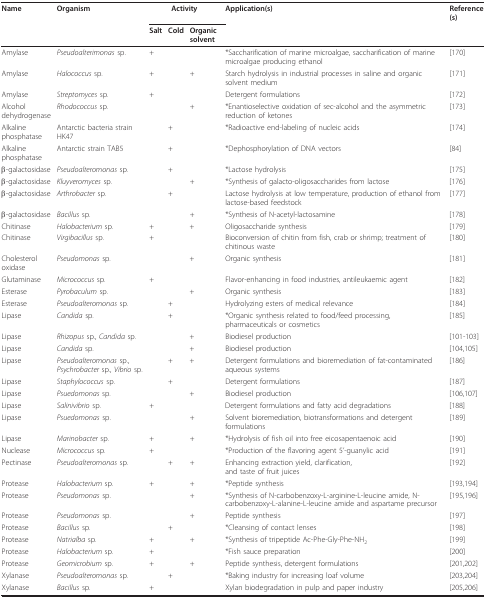
<table><thead><tr><td><b>Name</b></td><td><b>Organism</b></td><td colspan="3"><b>Activity</b></td><td><b>Application(s)</b></td><td><b>Reference(s)</b></td></tr><tr><td></td><td></td><td><b>Salt</b></td><td><b>Cold</b></td><td><b>Organic solvent</b></td><td></td><td></td></tr></thead><tbody><tr><td>Amylase</td><td><i>Pseudoalterimonas </i>sp.</td><td>+</td><td></td><td></td><td>*Saccharification of marine microalgae, saccharification of marine microalgae producing ethanol</td><td>[170]</td></tr><tr><td>Amylase</td><td><i>Halococcus </i>sp.</td><td>+</td><td></td><td>+</td><td>Starch hydrolysis in industrial processes in saline and organic solvent medium</td><td>[171]</td></tr><tr><td>Amylase</td><td><i>Streptomyces </i>sp.</td><td>+</td><td></td><td></td><td>Detergent formulations</td><td>[172]</td></tr><tr><td>Alcohol dehydrogenase</td><td><i>Rhodococcus </i>sp.</td><td></td><td></td><td>+</td><td>*Enantioselective oxidation of sec-alcohol and the asymmetric reduction of ketones</td><td>[173]</td></tr><tr><td>Alkaline phosphatase</td><td>Antarctic bacteria strain HK47</td><td></td><td>+</td><td></td><td>*Radioactive end-labeling of nucleic acids</td><td>[174]</td></tr><tr><td>Alkaline phosphatase</td><td>Antarctic strain TAB5</td><td></td><td>+</td><td></td><td>*Dephosphorylation of DNA vectors</td><td>[84]</td></tr><tr><td>β-galactosidase</td><td><i>Pseudoalteromonas </i>sp.</td><td></td><td>+</td><td></td><td>*Lactose hydrolysis</td><td>[175]</td></tr><tr><td>β-galactosidase</td><td><i>Kluyveromyces </i>sp.</td><td></td><td></td><td>+</td><td>*Synthesis of galacto-oligosaccharides from lactose</td><td>[176]</td></tr><tr><td>β-galactosidase</td><td><i>Arthrobacter </i>sp.</td><td></td><td>+</td><td></td><td>Lactose hydrolysis at low temperature, production of ethanol from lactose-based feedstock</td><td>[177]</td></tr><tr><td>β-galactosidase</td><td><i>Bacillus </i>sp.</td><td></td><td></td><td>+</td><td>*Synthesis of N-acetyl-lactosamine</td><td>[178]</td></tr><tr><td>Chitinase</td><td><i>Halobacterium </i>sp.</td><td>+</td><td></td><td>+</td><td>Oligosaccharide synthesis</td><td>[179]</td></tr><tr><td>Chitinase</td><td><i>Virgibacillus </i>sp.</td><td>+</td><td></td><td></td><td>Bioconversion of chitin from fish, crab or shrimp; treatment of chitinous waste</td><td>[180]</td></tr><tr><td>Cholesterol oxidase</td><td><i>Pseudomonas </i>sp.</td><td></td><td></td><td>+</td><td>Organic synthesis</td><td>[181]</td></tr><tr><td>Glutaminase</td><td><i>Micrococcus </i>sp.</td><td>+</td><td></td><td></td><td>Flavor-enhancing in food industries, antileukaemic agent</td><td>[182]</td></tr><tr><td>Esterase</td><td><i>Pyrobaculum </i>sp.</td><td></td><td></td><td>+</td><td>Organic synthesis</td><td>[183]</td></tr><tr><td>Esterase</td><td><i>Pseudoalteromonas </i>sp.</td><td></td><td>+</td><td></td><td>Hydrolyzing esters of medical relevance</td><td>[184]</td></tr><tr><td>Lipase</td><td><i>Candida </i>sp.</td><td></td><td>+</td><td></td><td>*Organic synthesis related to food/feed processing, pharmaceuticals or cosmetics</td><td>[185]</td></tr><tr><td>Lipase</td><td><i>Rhizopus </i>sp., <i>Candida </i>sp.</td><td></td><td></td><td>+</td><td>Biodiesel production</td><td>[101-103]</td></tr><tr><td>Lipase</td><td><i>Candida </i>sp.</td><td></td><td></td><td>+</td><td>Biodiesel production</td><td>[104,105]</td></tr><tr><td>Lipase</td><td><i>Pseudoalteromonas </i>sp., <i>Psychrobacter </i>sp., <i>Vibrio </i>sp.</td><td></td><td>+</td><td>+</td><td>Detergent formulations and bioremediation of fat-contaminated aqueous systems</td><td>[186]</td></tr><tr><td>Lipase</td><td><i>Staphylococcus </i>sp.</td><td></td><td>+</td><td></td><td>Detergent formulations</td><td>[187]</td></tr><tr><td>Lipase</td><td><i>Psuedomonas </i>sp.</td><td></td><td></td><td>+</td><td>Biodiesel production</td><td>[106,107]</td></tr><tr><td>Lipase</td><td><i>Salinivibrio </i>sp.</td><td>+</td><td></td><td></td><td>Detergent formulations and fatty acid degradations</td><td>[188]</td></tr><tr><td>Lipase</td><td><i>Psuedomonas </i>sp.</td><td></td><td></td><td>+</td><td>Solvent bioremediation, biotransformations and detergent formulations</td><td>[189]</td></tr><tr><td>Lipase</td><td><i>Marinobacter </i>sp.</td><td>+</td><td></td><td>+</td><td>*Hydrolysis of fish oil into free eicosapentaenoic acid</td><td>[190]</td></tr><tr><td>Nuclease</td><td><i>Micrococcus </i>sp.</td><td>+</td><td></td><td></td><td>*Production of the flavoring agent 5&#x27;-guanylic acid</td><td>[191]</td></tr><tr><td>Pectinase</td><td><i>Pseudoalteromonas </i>sp.</td><td></td><td>+</td><td>+</td><td>Enhancing extraction yield, clarification,and taste of fruit juices</td><td>[192]</td></tr><tr><td>Protease</td><td><i>Halobacterium </i>sp.</td><td>+</td><td></td><td>+</td><td>*Peptide synthesis</td><td>[193,194]</td></tr><tr><td>Protease</td><td><i>Pseudomonas </i>sp.</td><td></td><td></td><td>+</td><td>*Synthesis of N-carbobenzoxy-L-arginine-L-leucine amide, N-carbobenzoxy-L-alanine-L-leucine amide and aspartame precursor</td><td>[195,196]</td></tr><tr><td>Protease</td><td><i>Pseudomonas </i>sp.</td><td></td><td></td><td>+</td><td>Peptide synthesis</td><td>[197]</td></tr><tr><td>Protease</td><td><i>Bacillus </i>sp.</td><td></td><td>+</td><td></td><td>*Cleansing of contact lenses</td><td>[198]</td></tr><tr><td>Protease</td><td><i>Natrialba </i>sp.</td><td>+</td><td></td><td>+</td><td>*Synthesis of tripeptide Ac-Phe-Gly-Phe-NH<sub>2</sub></td><td>[199]</td></tr><tr><td>Protease</td><td><i>Halobacterium </i>sp.</td><td>+</td><td></td><td></td><td>*Fish sauce preparation</td><td>[200]</td></tr><tr><td>Protease</td><td><i>Geomicrobium </i>sp.</td><td>+</td><td></td><td>+</td><td>Peptide synthesis, detergent formulations</td><td>[201,202]</td></tr><tr><td>Xylanase</td><td><i>Pseudoalteromonas </i>sp.</td><td></td><td>+</td><td></td><td>*Baking industry for increasing loaf volume</td><td>[203,204]</td></tr><tr><td>Xylanase</td><td><i>Bacillus </i>sp.</td><td>+</td><td></td><td></td><td>Xylan biodegradation in pulp and paper industry</td><td>[205,206]</td></tr></tbody></table>